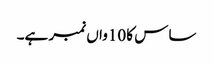
ساس کا 10واں نمبر ہے۔